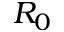
R _ { 0 }